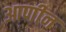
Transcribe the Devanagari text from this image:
आणीन